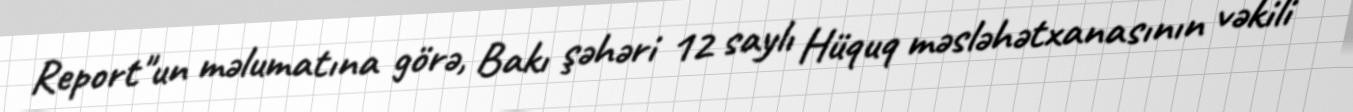
Report"un məlumatına görə, Bakı şəhəri 12 saylı Hüquq məsləhətxanasının vəkili